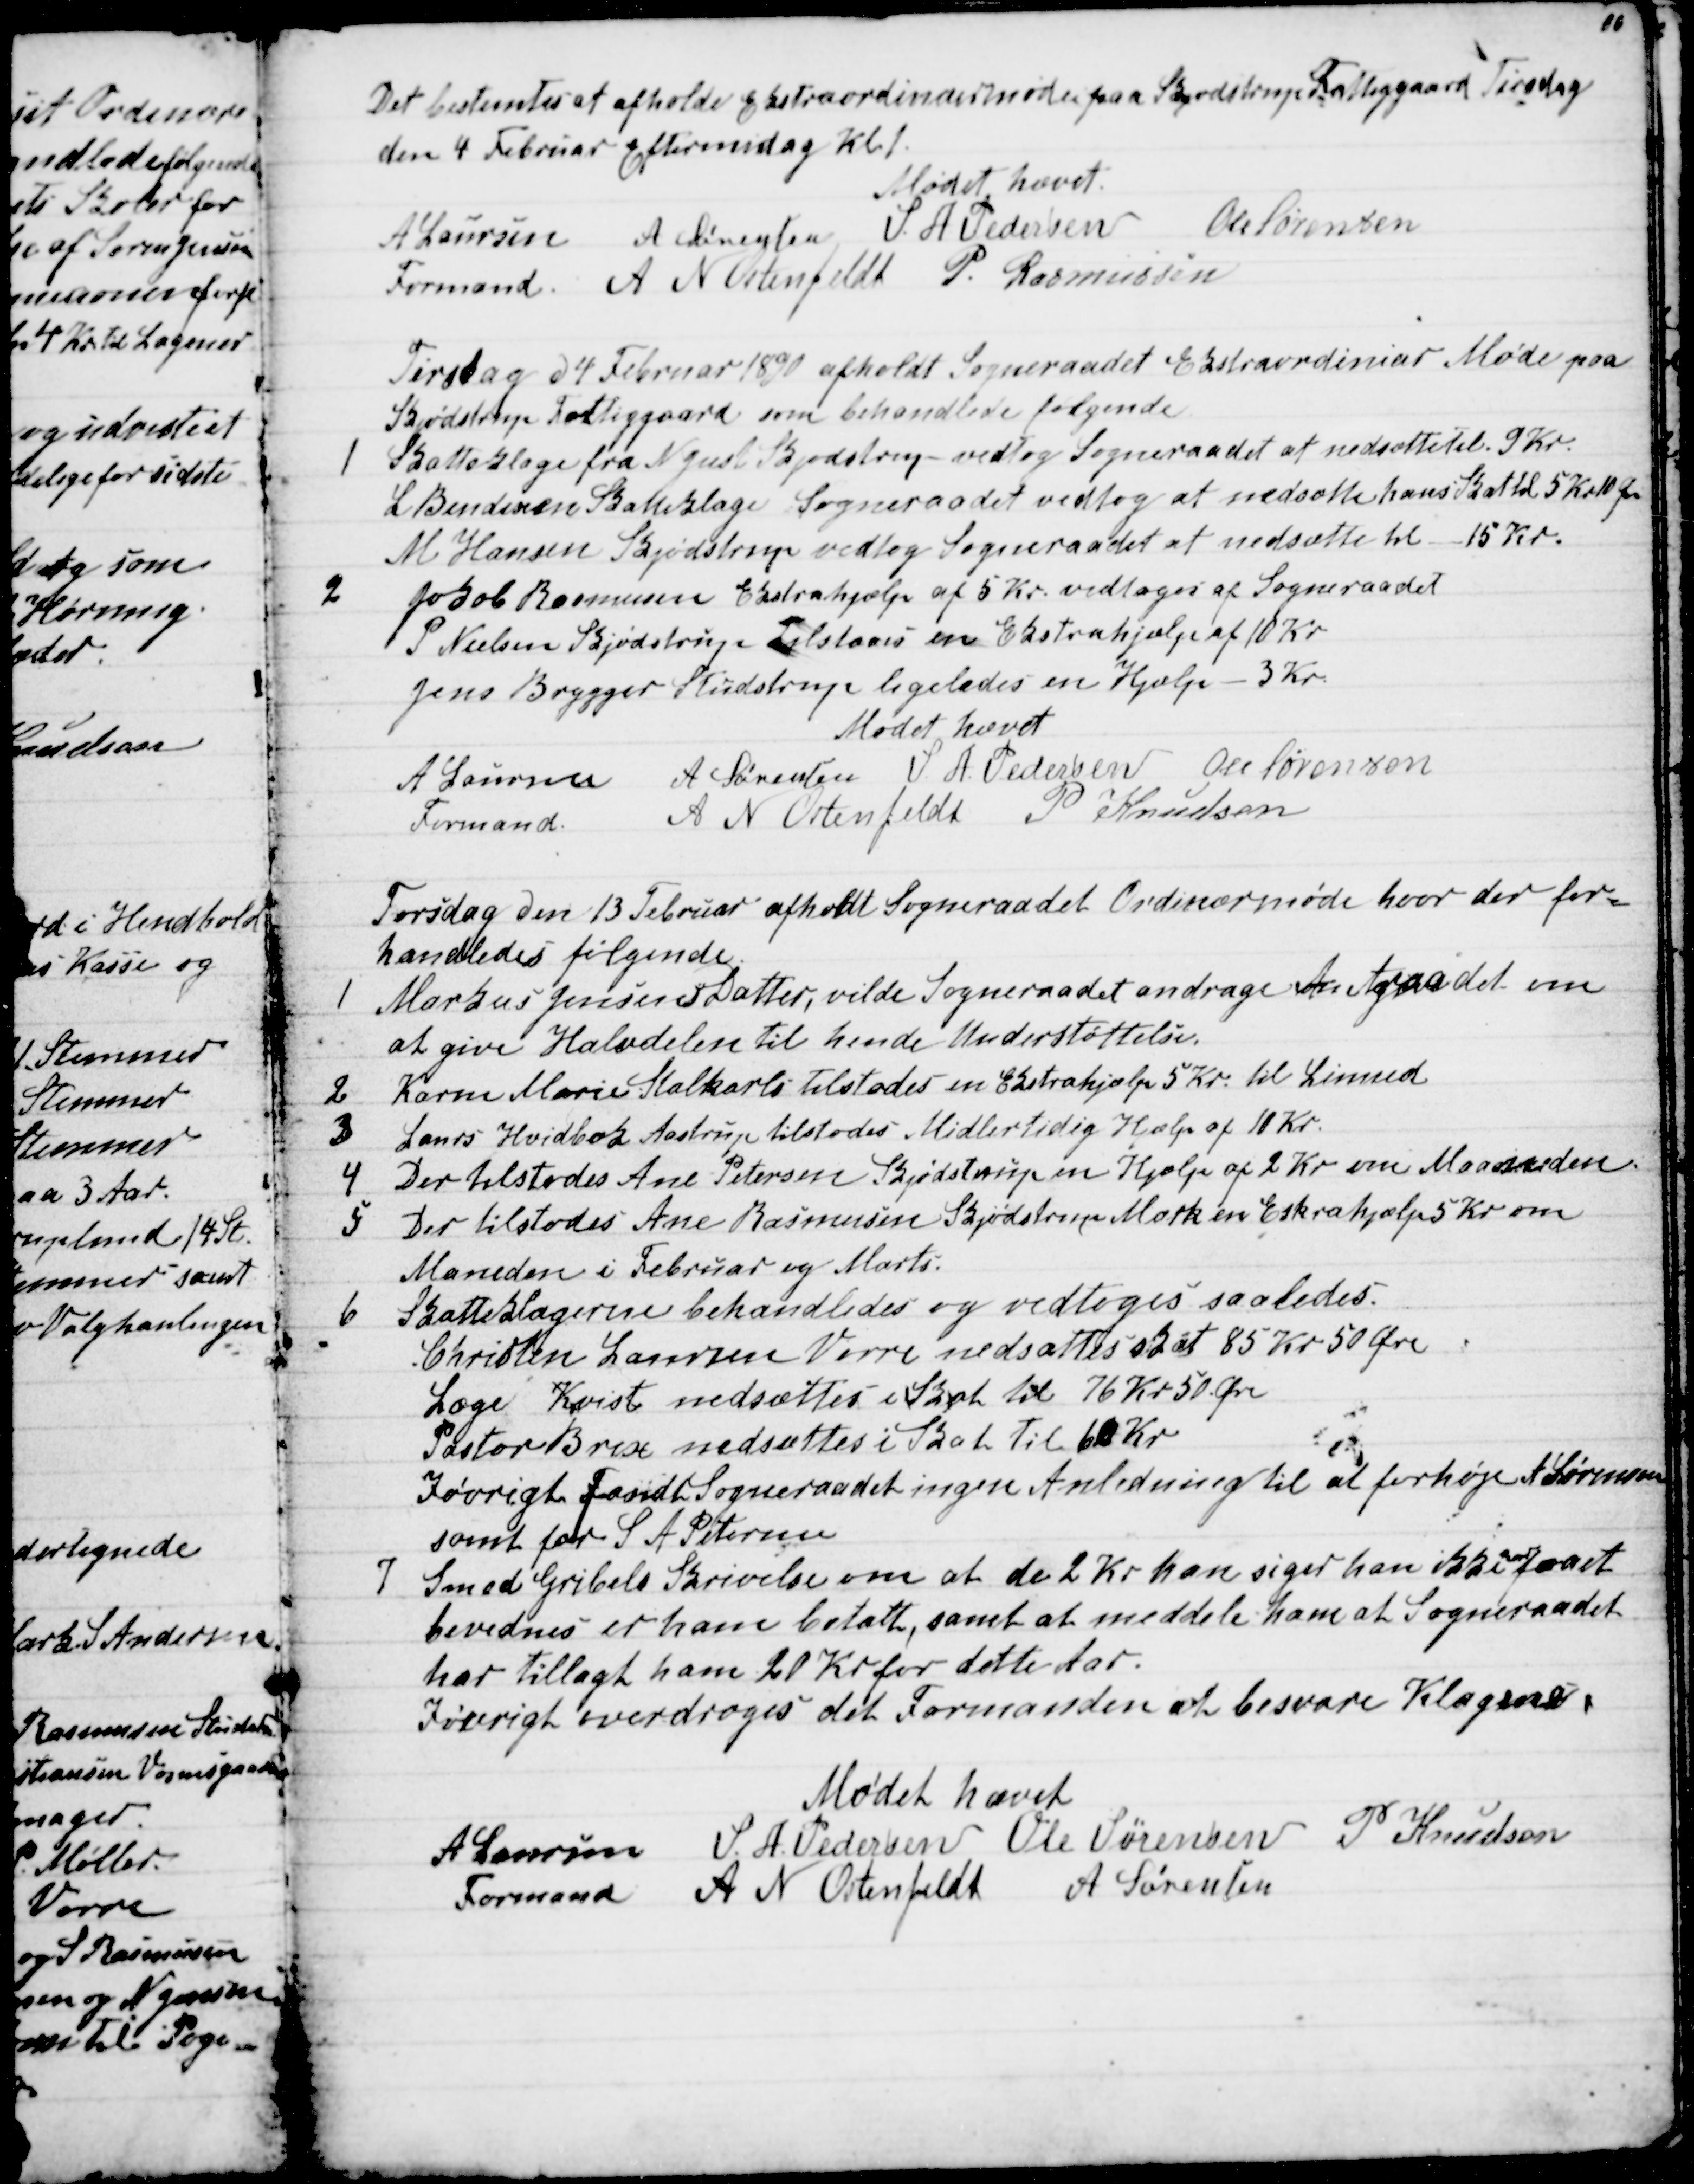
Transskription:
Det bestemtes at afholde ekstraordinærmøde paa Skjødstrup Fattiggaard Tirsdag
den 4 Februar Eftermidag Kl. 1.
Mødet hævet.
A Laursen 
Formand
A Sørensen S. A. Pedersen
Ole Sørensen
A N Ostenfeldt P. Rasmussen
Tirsdag d 4 Februar 1890 afholdt Sogneraadet Ekstraordiniar Møde paa
Skjødstrup Fattiggaard som behandlede følgende
1
Skatteklage fra N Just Skjødstrup vedtog Sogneraadet at nedsætte til 9 Kr.
L Bendixen Skatteklage Sogneraadet vedtog at nedsætte hans Skat til 5 Kr 10 Øre
M Hansen Skjødstrup vedtog Sogneraadet at nedsætte til 15 Kr.
2
Jakob Rasmussen Ekstrahjælp af 5 Kr vedtoges af Sogneraadet
P. Nielsen Skjødstrup tilstaaes en Ekstrahjælp af 10 Kr.
Jens Brygger Studstrup ligeledes en Hjælp - 3 Kr.
Mødet hævet
A Laursen 
Formand
A Sørensen S. A. Pedersen Ole Sørensen
A N Ostenfeldt P Knudsen
Torsdag den 13 Februar afholdt Sogneraadet Ordinærmøde hvor der for-
handledes følgende
1
Marius Jensens Datter, vilde Sogneraadet andrage Amtsraadet om
at give Halvdelen til hende Understøttelse.
2
Karen Marie Stalkarls tilstodes en Ekstrahjælp 5 Kr til Linned
3
Laurs Hvidbak Aastrup tilstodes Midlertidig Hjælp af 10 Kr.
4
Der tilstodes Ane Petersen Skjødstrup en Hjælp af 2 Kr om Maaneden.
5
Der tilstodes Ane Rasmussen Skjødstrup Mark en Eskrahjælp 5 Kr om
Maneden i Februar og Marts.
6
Skatteklagerne behandledes og vedtoges saaledes.
Christen Laursen Vorre nedsattes skat 85 Kr 50 Øre
Læge Kvist nedsættes i Skat til 76 Kr 50 Øre
Pastor Brix nedsættes i Skat til 60 Kr
Iøvrigt fandt Sogneraadet ingen Anledning til at forhøje A Sørensen
samt for S A Petersen
7
Smed Gribels Skrivelse om at de 2 Kr han siger han ikke 
har
faaet
bevidnes er ham betalt, samt at meddele ham at Sogneraadet
har tillagt ham 20 Kr for dette Aar.
Iøvrigt overdroges det Formanden at besvare Klagrne.
Mødet hævet
A Laursen
Formand
S. A. Pedersen Ole Sørensen P Knudsen
A N Ostenfeldt A Sørensen